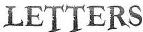
LETTERS